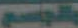
والواسع